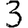
Digit: 3